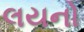
લયનો